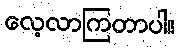
လေ့လာကြတာပါ။